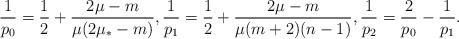
LaTeX: \begin{align*}\frac 1 {p_0}= \frac 1 2 +\frac{2\mu-m}{\mu(2\mu_\ast -m)}, \frac 1 { p_1}=\frac 1 2+ \frac { 2\mu -m}{\mu (m+2)(n-1)}, \frac 1 {p_2}=\frac 2 {p_0} -\frac 1 {p_1}.\end{align*}